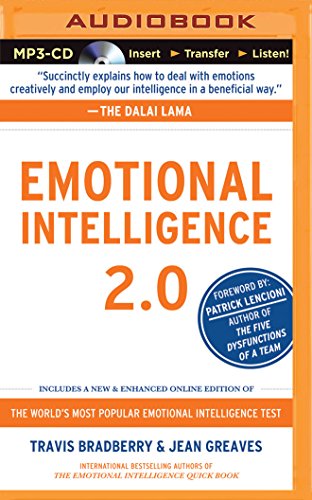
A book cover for Emotional Intelligence 2.0; Travis Bradberry; Self-Help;